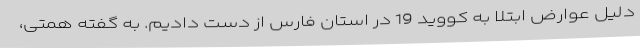
دلیل عوارض ابتلا به کووید 19 در استان فارس از دست دادیم. به گفته همتی،